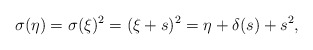
\begin{align*}\sigma(\eta)=\sigma(\xi)^2=(\xi+s)^2=\eta+\delta(s)+s^2,\end{align*}